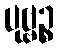
ပုဗ္ဗဉ္စ